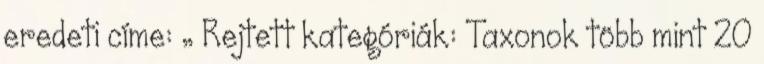
eredeti címe: „ Rejtett kategóriák: Taxonok több mint 20